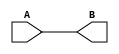
`timescale 1ns / 1ns

module hello
(
    input A,
    output B
);

    assign B = A;

endmodule